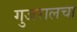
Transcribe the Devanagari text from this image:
गुजरालचा